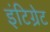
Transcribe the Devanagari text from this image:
इंटिग्रेट